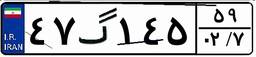
۵۶گ۰۳۸۱۳